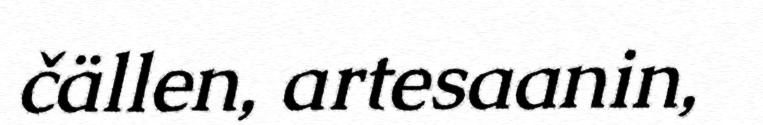
čällen, artesaanin,